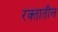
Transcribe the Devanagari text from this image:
रक्‍तातील